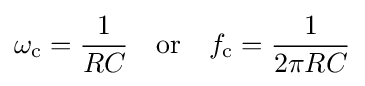
\omega _{\mathrm {c} }={\frac {1}{RC}}\quad {\mbox{or}}\quad f_{\mathrm {c} }={\frac {1}{2\pi RC}}